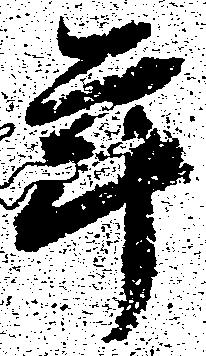
年